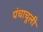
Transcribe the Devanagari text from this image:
पंचाचूली